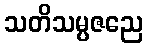
သတိသမ္ပဇညေ